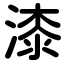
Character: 漆